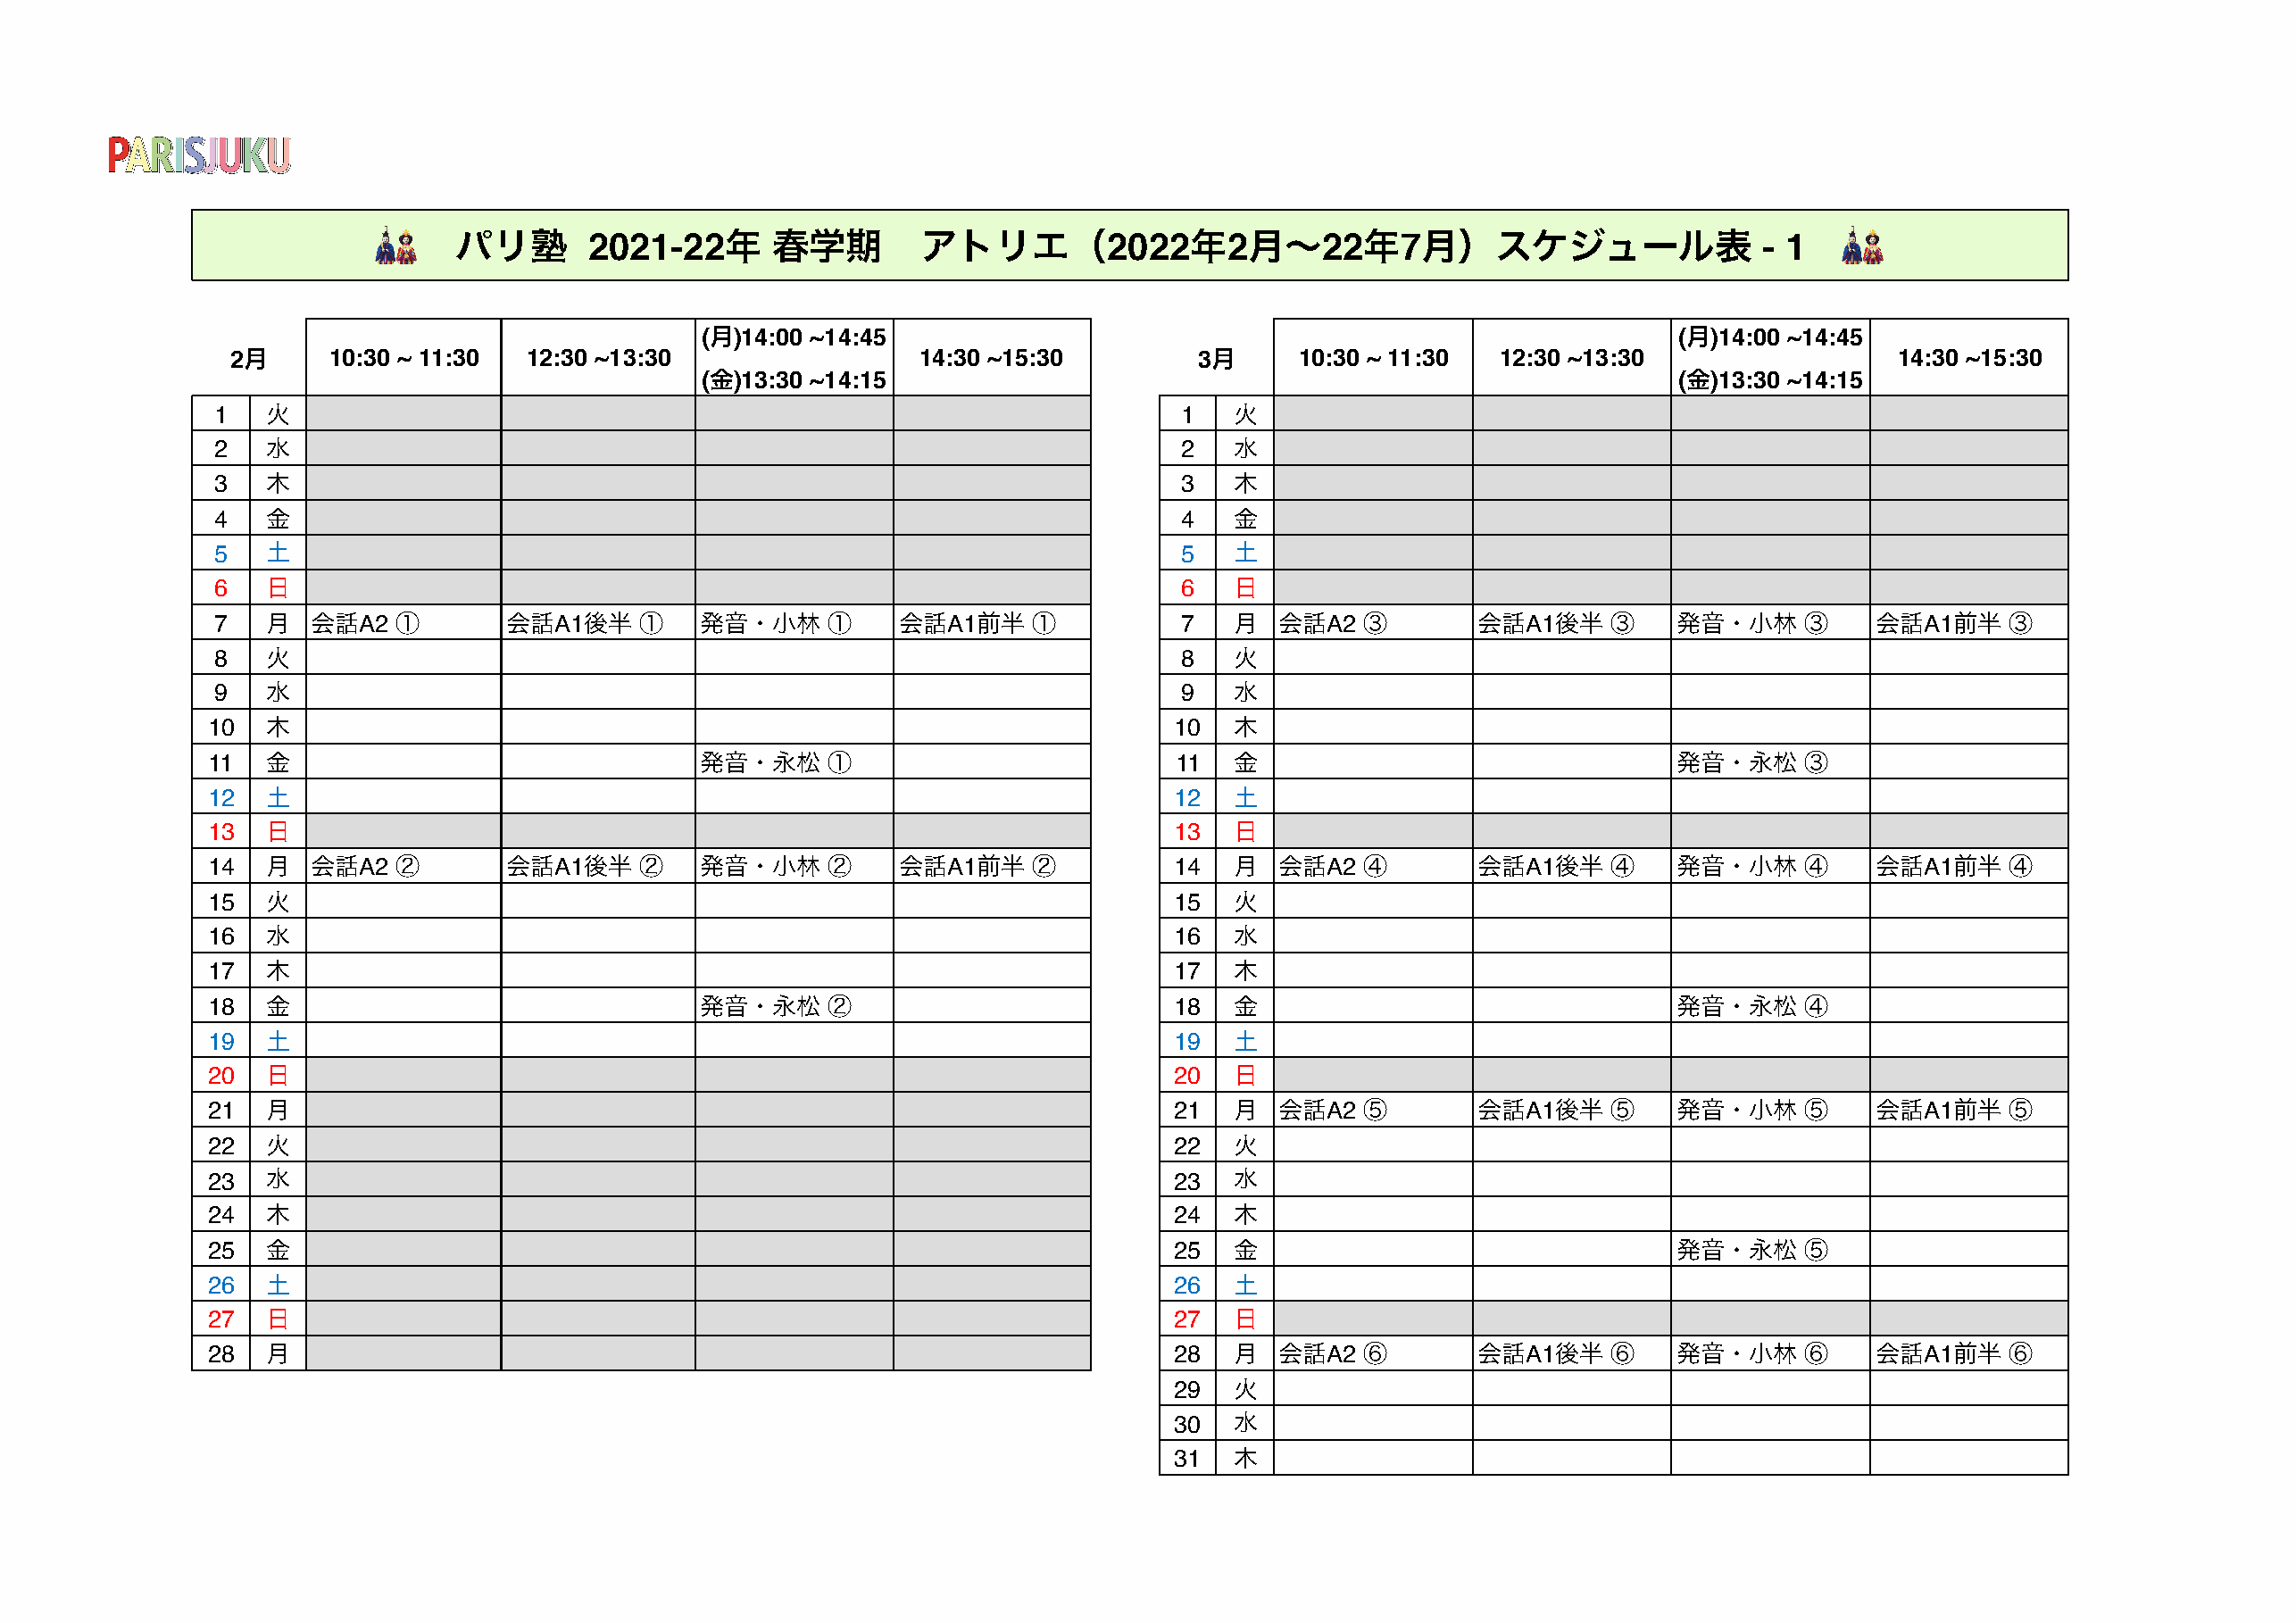
🎎     パリ塾       2021-22年     春学期        アトリエ（2022年2月〜22年7月）スケジュール表                                     - 1   🎎
 (月)14:00 ~14:45                                                         (月)14:00 ~14:45
 2月     10:30 ~ 11:30  12:30 ~13:30                 14:30 ~15:30         3月     10:30 ~ 11:30  12:30 ~13:30                  14:30 ~15:30
 (金)13:30 ~14:15                                                         (金)13:30 ~14:15
 1   火                                                                   1  火
 2   水                                                                   2  水
 3   木                                                                   3  木
 4   金                                                                   4  金
 5   土                                                                   5  土
 6   日                                                                   6  日
 7   月  会話A2  ①        会話A1後半   ①    発音・小林    ①     会話A1前半   ①           7  月   会話A2  ③        会話A1後半   ③    発音・小林     ③    会話A1前半    ③
 8   火                                                                   8  火
 9   水                                                                   9  水
 10   木                                                                  10  木
 11   金                               発音・永松    ①                         11  金                                発音・永松     ③
 12   土                                                                  12  土
 13   日                                                                  13  日
 14   月  会話A2  ②        会話A1後半   ②    発音・小林    ②     会話A1前半   ②          14  月   会話A2  ④        会話A1後半   ④    発音・小林     ④    会話A1前半    ④
 15   火                                                                  15  火
 16   水                                                                  16  水
 17   木                                                                  17  木
 18   金                               発音・永松    ②                         18  金                                発音・永松     ④
 19   土                                                                  19  土
 20   日                                                                  20  日
 21   月                                                                  21  月   会話A2  ⑤        会話A1後半   ⑤    発音・小林     ⑤    会話A1前半    ⑤
 22   火                                                                  22  火
 23   水                                                                  23  水
 24   木                                                                  24  木
 25   金                                                                  25  金                                発音・永松     ⑤
 26   土                                                                  26  土
 27   日                                                                  27  日
 28   月                                                                  28  月   会話A2  ⑥        会話A1後半   ⑥    発音・小林     ⑥    会話A1前半    ⑥
 29  火
 30  水
 31  木